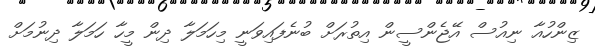
ޒިންހުއާ ނިއުސް އޭޖެންސީން އިތުރަށް ބުނެފައިވަނީ މިހަމަލާ ދިން މީހާ ހަމަލާ ދިނުމަށް